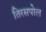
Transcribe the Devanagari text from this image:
तिरसपोल